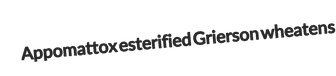
Appomattox esterified Grierson wheatens